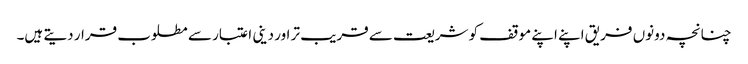
چنانچہ دونوں فریق اپنے اپنے موقف کو شریعت سے قریب تر اور دینی اعتبار سے مطلوب قرار دیتے ہیں۔